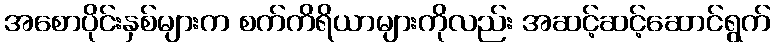
အစောပိုင်းနှစ်များက စက်ကိရိယာများကိုလည်း အဆင့်ဆင့်ဆောင်ရွက်